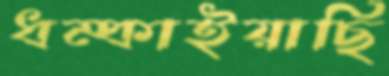
ধম্‌কাইয়াছি